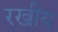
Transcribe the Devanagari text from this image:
रखीय